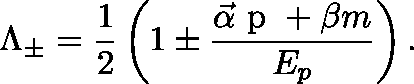
\Lambda _ { \pm } = \frac { 1 } { 2 } \left( 1 \pm \frac { \vec { \alpha } \mathrm { \boldmath ~ p ~ } + \beta m } { E _ { p } } \right) .